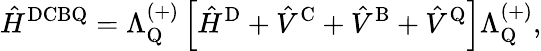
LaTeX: \hat{H}^{\textrm{DCBQ}}=\Lambda_{\mathrm{Q}}^{(+)}\left[\hat{H}^{\textrm{D}}+\hat{V}^{\textrm{C}}+\hat{V}^{\textrm{B}}+\hat{V}^{\textrm{Q}}\right]\Lambda_{\mathrm{Q}}^{(+)},